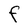
Character: A